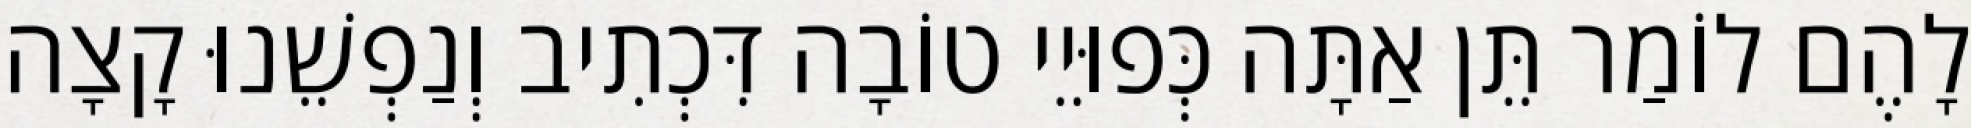
לָהֶם לוֹמַר תֵּן אַתָּה כְּפוּיֵי טוֹבָה דִּכְתִיב וְנַפְשֵׁנוּ קָצָה